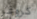
كروغر